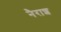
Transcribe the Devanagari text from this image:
नैराश